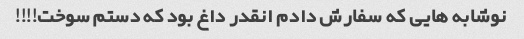
نوشابه هایی که سفارش دادم انقدر داغ بود که دستم سوخت!!!!